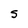
Character: S